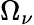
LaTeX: \Omega_{\nu}